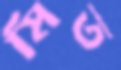
মিত